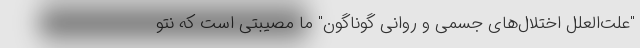
"علت‌العلل اختلال‌های جسمی و روانی گوناگون" ما مصیبتی‌ است که نتو